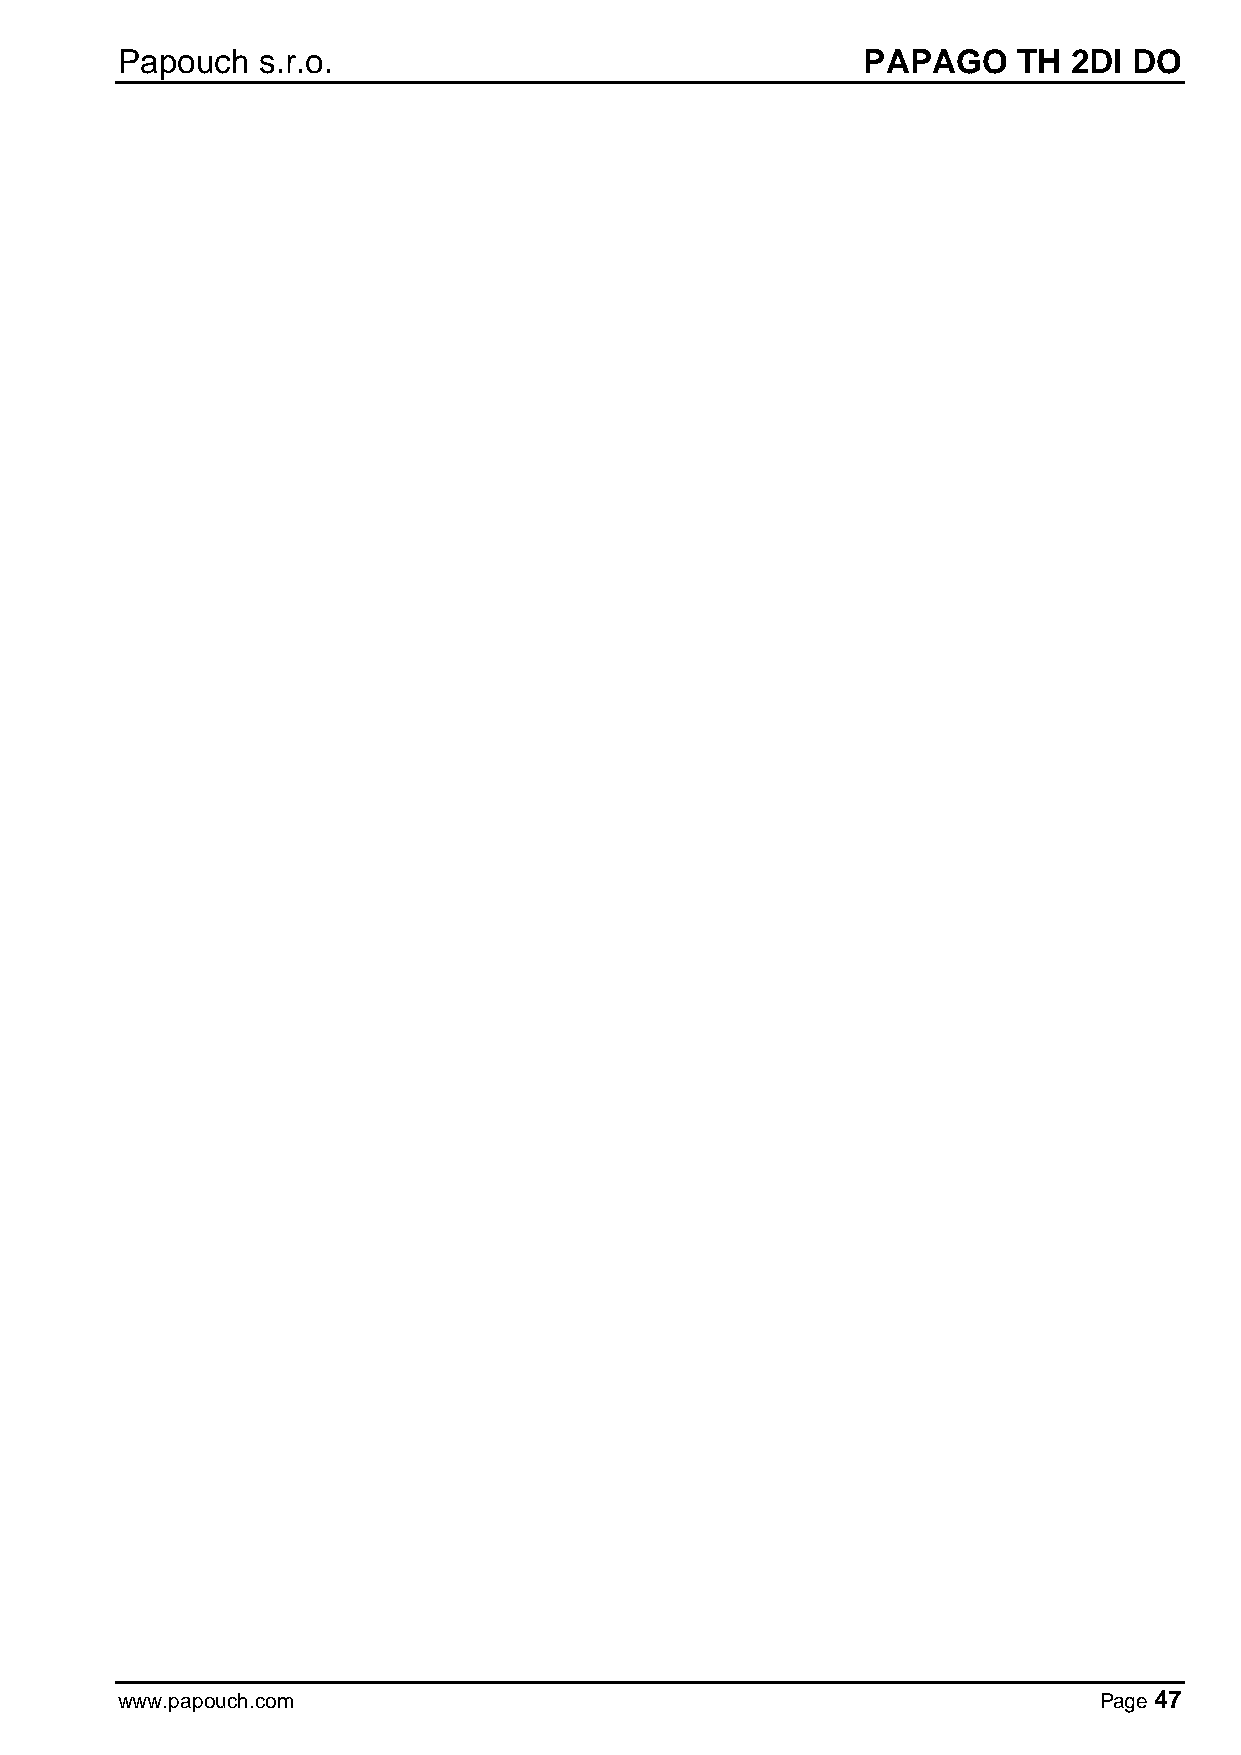
Papouch  s.r.o.                                  PAPAGO    TH  2DI DO
 www.papouch.com                                                  Page 47